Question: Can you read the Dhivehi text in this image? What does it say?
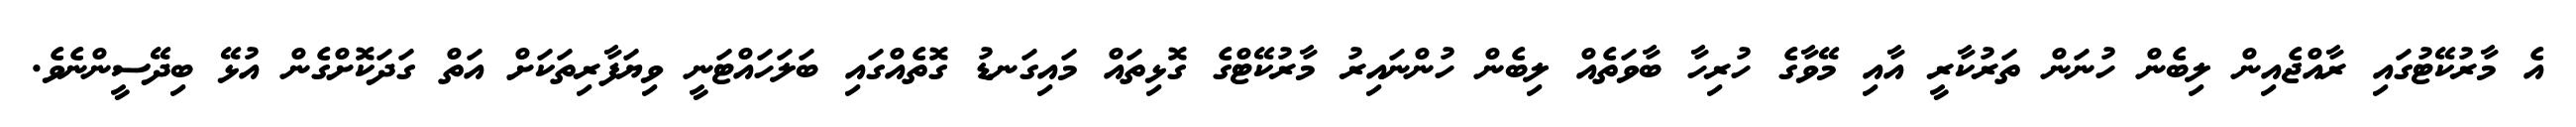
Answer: އެ މާރުކޭޓުގައި ރާއްޖެއިން ލިބެން ހުނަން ތަރުކާރީ އާއި މޭވާގެ ހުރިހާ ބާވަތެއް ލިބެން ހުންނައިރު މާރުކޭޓްގެ ގޮޅިތައް މައިގަނޑު ގޮތެއްގައި ބަލަހައްޓަނީ ވިޔަފާރިތަކަށް އަތް ގަދަކޮށްގެން އުޅޭ ބިދޭސީންނެވެ.